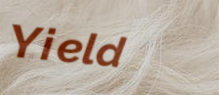
Yield